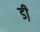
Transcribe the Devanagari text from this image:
डी़